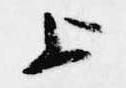
上